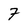
Character: 7